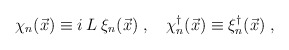
\begin{align*}\chi_n(\vec{x}) \equiv i \, L\; \xi_n(\vec{x}) \; , \quad\chi_n^\dagger(\vec{x}) \equiv \xi_n^\dagger(\vec{x}) \; ,\end{align*}